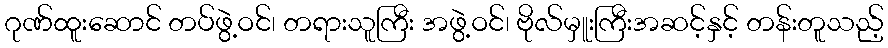
ဂုဏ်ထူးဆောင် တပ်ဖွဲ့ဝင်၊ တရားသူကြီး အဖွဲ့ဝင်၊ ဗိုလ်မှူးကြီးအဆင့်နှင့် တန်းတူသည့်